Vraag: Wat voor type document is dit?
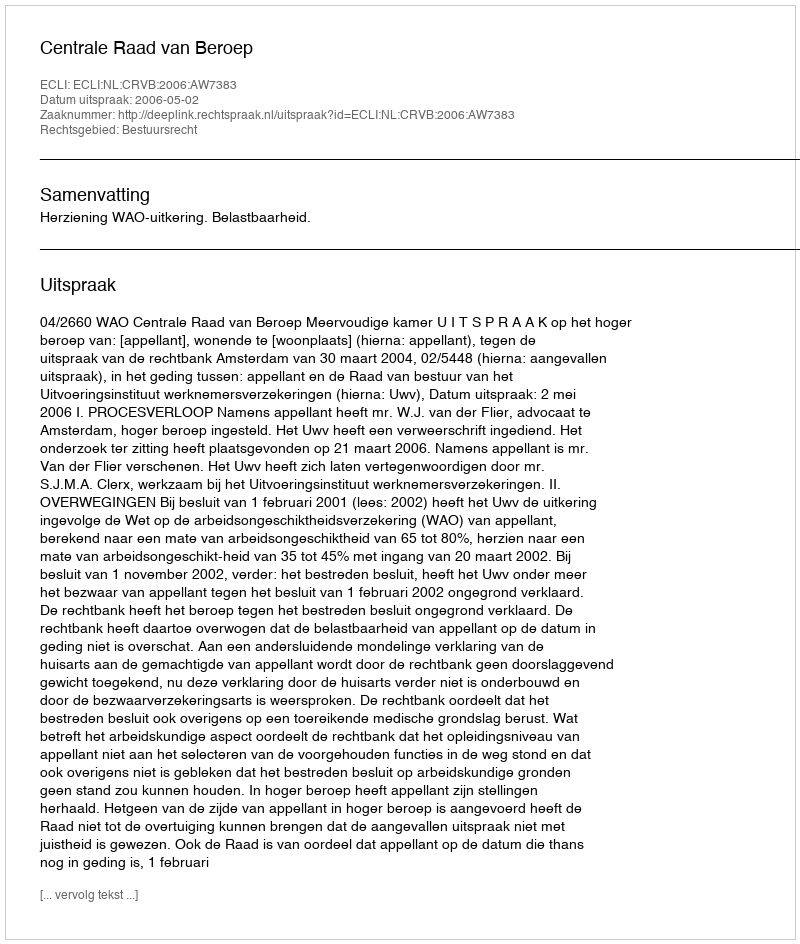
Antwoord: Uitspraak